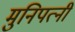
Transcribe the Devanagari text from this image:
मुनिपत्‍नी